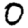
Digit: 0